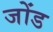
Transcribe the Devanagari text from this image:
जोंड